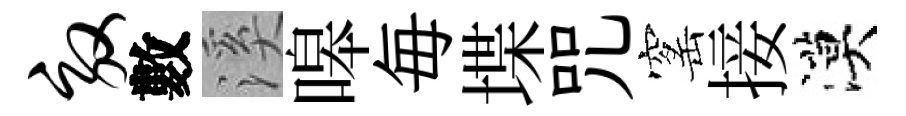
效數溪嗥毎堞咒窰接漠